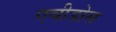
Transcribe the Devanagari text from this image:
एवीडोस